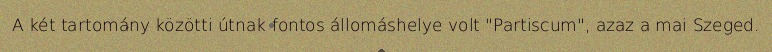
A két tartomány közötti útnak fontos állomáshelye volt "Partiscum", azaz a mai Szeged.